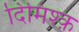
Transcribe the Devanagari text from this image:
दिमिश्क़